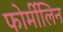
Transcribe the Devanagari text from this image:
फोर्मीलिन